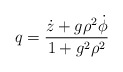
\begin{align*}q = \frac {\dot z + g\rho^2\dot \phi}{1+g^2\rho^2} \end{align*}